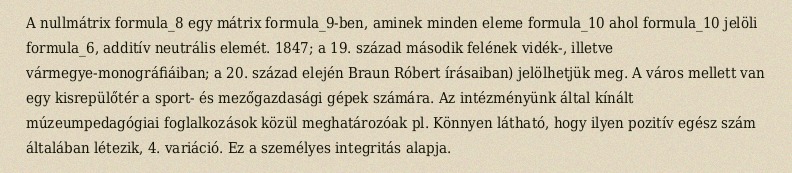
A nullmátrix formula_8 egy mátrix formula_9-ben, aminek minden eleme formula_10 ahol formula_10 jelöli formula_6, additív neutrális elemét. 1847; a 19. század második felének vidék-, illetve vármegye-monográfiáiban; a 20. század elején Braun Róbert írásaiban) jelölhetjük meg. A város mellett van egy kisrepülőtér a sport- és mezőgazdasági gépek számára. Az intézményünk által kínált múzeumpedagógiai foglalkozások közül meghatározóak pl. Könnyen látható, hogy ilyen pozitív egész szám általában létezik, 4. variáció. Ez a személyes integritás alapja.